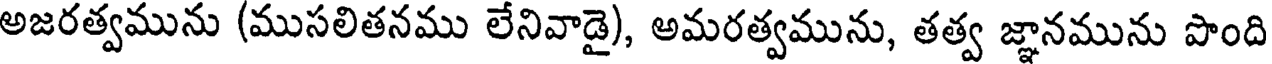
అజరత్వమును (ముసలితనము లేనివాడై), అమరత్వమును, తత్వ జ్ఞానమును పొంది